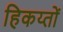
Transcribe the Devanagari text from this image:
हिकय्तों